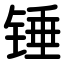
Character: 锤